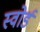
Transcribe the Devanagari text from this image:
स्‍वोर्ड